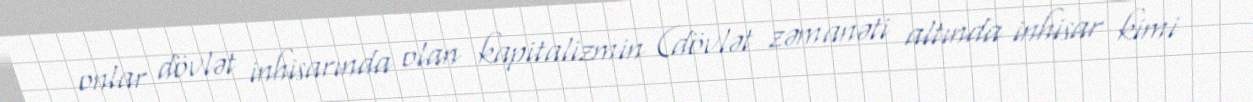
onlar dövlət inhisarında olan kapitalizmin (dövlət zəmanəti altında inhisar kimi